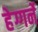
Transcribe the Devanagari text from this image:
हेग्गर्ने